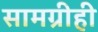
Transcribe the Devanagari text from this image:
सामग्रीही